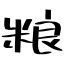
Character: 粮